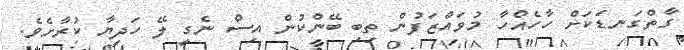
ގާތްގަނޑަކަށް ހާހެއްހާ މުވައްޒަފުން ތިބި ބޭންކުން އިސް ނެގީ ލޭ ހަދިޔާ ކުރާށެވެ.